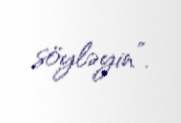
söyləyin”.